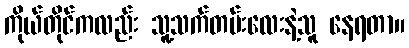
ကိုယ်တိုင်ကလည်း သူ့သက်တမ်းလေးနဲ့သူ နေရတာ။